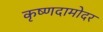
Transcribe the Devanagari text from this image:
कृष्णदामोदर